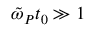
\tilde { \omega } _ { P } t _ { 0 } \gg 1